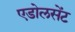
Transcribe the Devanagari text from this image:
एडोलसेंट